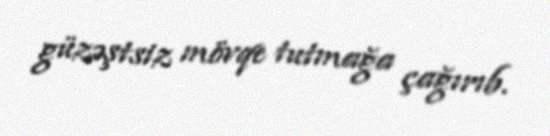
güzəştsiz mövqe tutmağa çağırıb.